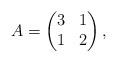
LaTeX: \begin{align*}A=\begin{pmatrix}3&1\\1&2\end{pmatrix},\end{align*}